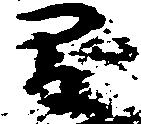
間